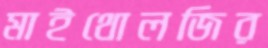
মাইথোলজির